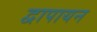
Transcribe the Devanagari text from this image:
द्वापायन